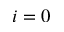
i = 0